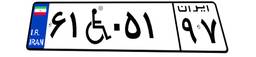
۶۱W۰۵۱۹۷